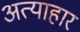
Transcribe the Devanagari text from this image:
अत्याहार